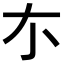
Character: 𠀊